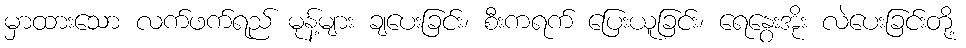
မှာထားသော လက်ဖက်ရည် မုန့်များ ချပေးခြင်း၊ စီးကရက် ပြေးယူခြင်း၊ ရေနွေးအိုး လဲပေးခြင်းတို့